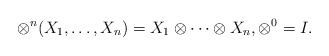
LaTeX: \begin{align*} \otimes^n(X_1,\dots,X_n)=X_1\otimes \cdots \otimes X_n, \otimes^0=I.\end{align*}